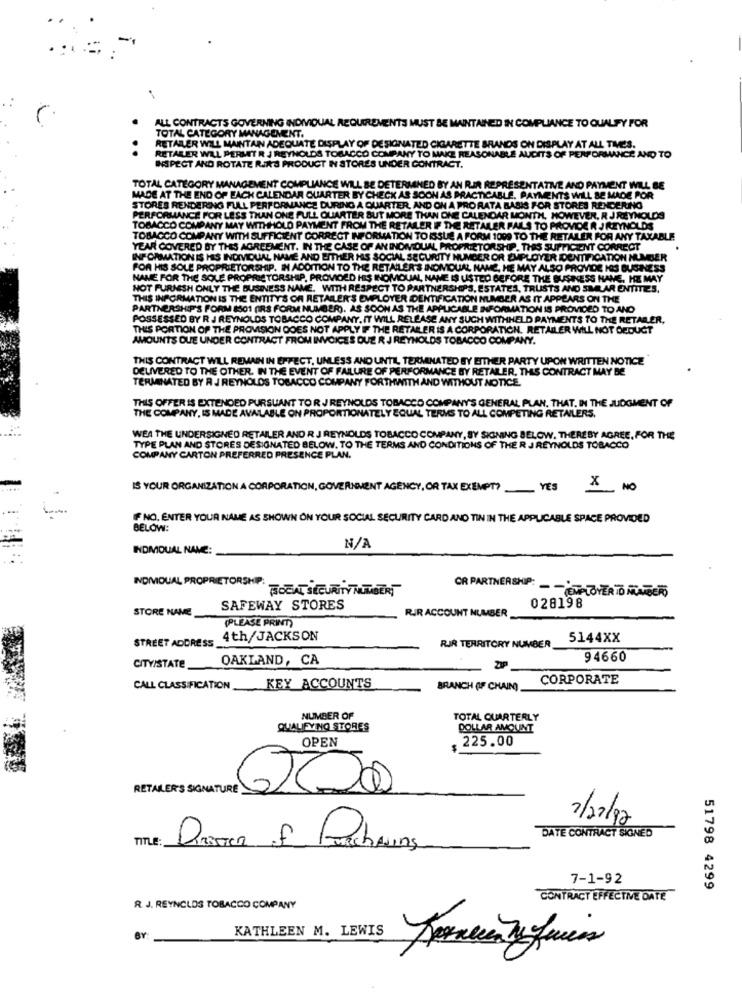
ALL CONTRACTS GOVERNING INDIVIDUAL REQUIREMENTS MUST BE MAINTAINED IN COMPLIANCE TO QUALIFY FOR
TOTAL CATEGORY MANAGEMENT.
.
RETAILER WILL MAINTAIN ADEQUATE DISPLAY OF DESIGNATED CILARETTE BRANDS ON DISPLAY AT ALL TIMES.
RETARER WILL PERMIT R J REYNOLDS TOBACCO COMPANY TO MAKE REASONABLE AUDITS OF PERFORMANCE AND TO
INSPECT AND ROTATE RAS PRODUCT IN STORES UNDER CONTRACT.
TOTAL CATEGORY MANAGEMENT COMPLIANCE WILL BE DETERMINED BY AN RIR REPRESENTATIVE AND PAYMENT WILL BE
MADE AT THE END OF EACH CALENDAR QUARTER BY CHECK AS SOON AS PRACTICABLE. PAYMENTS WILL BE MADE POR
STORES RENDERING FULL PERFORMANCE DURING A QUARTER, AND ON A PRO RATA BASIS FOR STORES RENDERING
PERFORMANCE FOR LESS THAN ONE FULL QUARTER BUT MORE THAN ONE CALENDAR MONTH, HOWEVER, R J REYNOLDS
TOBACCO COMPANY MAY WITHHOLD PAYMENT FROM THE RETAILER IF THE RETAILER FAILS TO PROVIDE R JREYNOLDS
TOBACCO COMPANY WITH SUFFICIENT CORRECT INFORMATION TO ISSUE A FORM 1009 TO THE RETAILER FOR ANY TAXABLE
YEAR COVERED BY THIS AGREEMENT. IN THE CASE OF AN INDIVIDUAL PROPRIETORSHIP. THIS SUFFICIENT CORRECT
INFORMATION IS HIS INDIVIDUAL NAME AND EITHER HIS SOCIAL SECURITY NUMBER OR EMPLOYER IDENTIFICATION NUMBER
FOR HIS SOLE PROPRIETORSHIP. IN ADDITION TO THE RETAILER'S INDIVIDUAL NAME, HE MAY ALSO PROVIDE NOS BUSINESS
NAME FOR THE SOLE PROPRIETORSHIP, PROVIDED HES INOMQUIAL, NAME IS USTED BEFORE THE BUSINESS HAVE. HE MAY
NOT FURNISH ONLY THE BUSINESS NAME. WITH RESPECT TO PARTNERSHIPS, ESTATES, TRUSTS AND SIMILAR ENTITIES.
THIS INFORMATION IS THE ENTITY'S OF RETAILER'S EMPLOYER IDENTIFICATION NUMBER AS IT APPEARS ON THE
PARTNERSHIP'S FORM 8501 (IRS FORM NUMBER). AS SOON AS THE APPLICABLE INFORMATION IS PROVIDED TO AND
POSSESSED BY R J REYNOLDS TOBACCO COMPANY, IT WILL RELEASE ANY SUCH WITHHELD PAYMENTS TO THE RETAILER,
THIS PORTION OF THE PROVISION DOES NOT APPLY FF THE RETAILER IS A CORPORATION. RETAILER WILL NOT DEDUCT
AMOUNTS QUE UNDER CONTRACT FROM INVOICES QUE R J REYNOLDS TOBACCO COMPANY.
THIS CONTRACT WILL REMAIN IN EFFECT, UNLESS AND UNTIL TERMINATED BY EITHER PARTY UPCH WRITTEN NOTICE
DELIVERED TO THE OTHER. IN THE EVENT OF FAILURE OF PERFORMANCE BY RETAILER, THIS CONTRACT MAY BE
TERMINATED BY A J REYNOLDS TOBACCO COMPANY FORTHWITH AND WITHOUT NOTICE.
THIS OFFER IS EXTENDED PURSUANT TO R J REYNOLDS TOBACCO COMPANY'S GENERAL PLAN, THAT. IN THE JUDGMENT OF
THE COMPANY, IS MADE AVAILABLE ON PROPORTIONATELY EQUAL TERMS TO ALL COMPETING RETAILERS.
WEA THE UNDERSIGNED RETAILER AND R J REYNOLDS TOBACCO COMPANY, SY SIGNING BELOW, THEREBY AGREE, FOR THE
TYPE PLAN AND STORES DESIGNATED BELOW. TO THE TERMS AND CONDITIONS OF THE R J REYNOLDS TOBACCO
COMPANY CARTON PREFERRED PRESENCE PLAN.
IS YOUR ORGANIZATION A CORPORATION, GOVERNMENT AGENCY, OR TAX EXEMPT? YES
X NO
IFNO. ENTER YOUR NAME AS SHOWN ON YOUR SOCIAL SECURITY CARD AND TIN IN THE APPLICABLE SPACE PROVIDED
BELOW:
INDMOUAL NAME:
INDIVIDUAL PROPRIETORSHIP:
TOTAL SECURITY NUTABERT
OR PARTNERSHIP: - - STALOVER TO MANGEÃO
STORE NAME
SAFEWAY STORES
028198
(PLEASE PRINT)
RUR ACCOUNT NUMBER
STREET ADDRESS
4th/JACKSON
5144XX
RIR TERRITORY NUMBER
OAKLAND, CA
94660
CITY/STATE_
CORPORATE
CALL CLASSIFICATION KEY ACCOUNTS
BRANCH (IF CHAIN)
NUMBER OF
TOTAL QUARTERLY
QUALIFYING STORES
DOLLAR AMOUNT
OPEN
.225.00
RETAILER'S SIGNATURE
7/27/92
DATE CONTRACT SIGNED
TITLE:
DIETER of Purchasing
7-1-92
51798 4299
CONTRACT EFFECTIVE DATE
R. J. REYNOLDS TOBACCO COMPANY
KATHLEEN M. LEWIS
BY:
Fornecer In frias